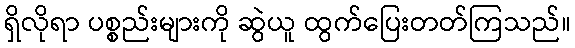
ရှိလိုရာ ပစ္စည်းများကို ဆွဲယူ ထွက်ပြေးတတ်ကြသည်။